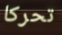
تحركا